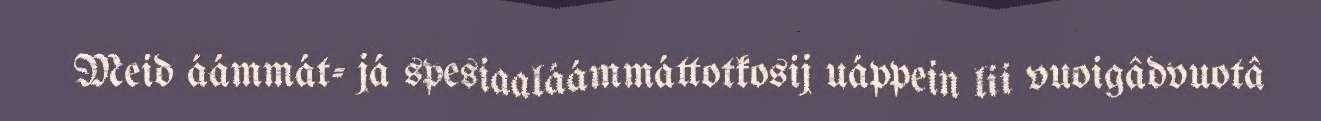
Meid áámmát- já spesiaaláámmáttotkosij uáppein lii vuoigâdvuotâ